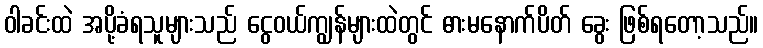
ဝါခင်းထဲ အပို့ခံရသူများသည် ငွေဝယ်ကျွန်များထဲတွင် ဓားမနောက်ပိတ် ခွေး ဖြစ်ရတော့သည်။